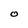
Character: O